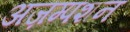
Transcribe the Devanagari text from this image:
अज़म्पशन